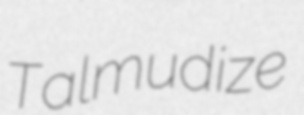
Talmudize